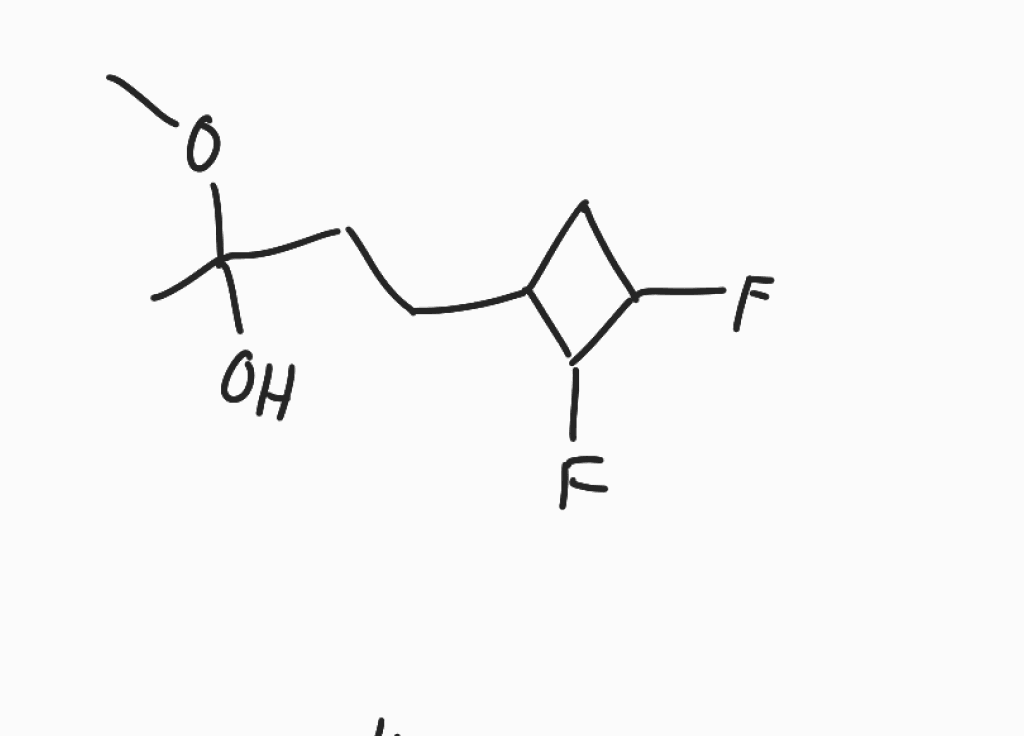
Simplified molecular-input line-entry system (SMILES) notation of the given molecule:
CC(CCC1CC(C1F)F)(O)OC